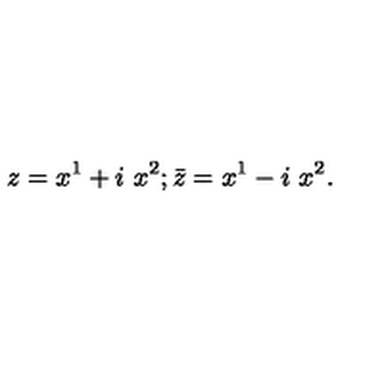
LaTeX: z = x ^ { 1 } + i \ x ^ { 2 } ; { \bar { z } } = x ^ { 1 } - i \ x ^ { 2 } .